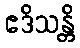
ဧဒိသန္တိ